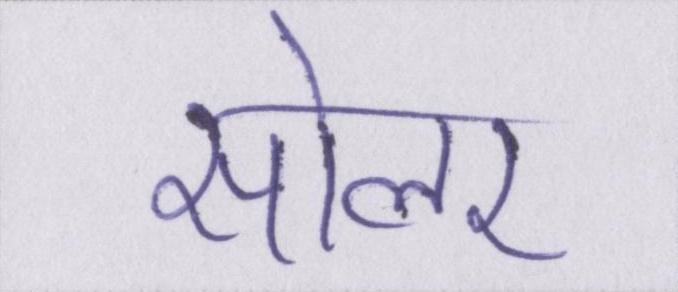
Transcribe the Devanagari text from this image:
सोलर